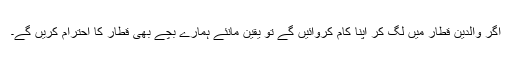
اگر والدین قطار میں لگ کر اپنا کام کروائیں گے تو یقین مانئے ہمارے بچے بھی قطار کا احترام کریں گے۔